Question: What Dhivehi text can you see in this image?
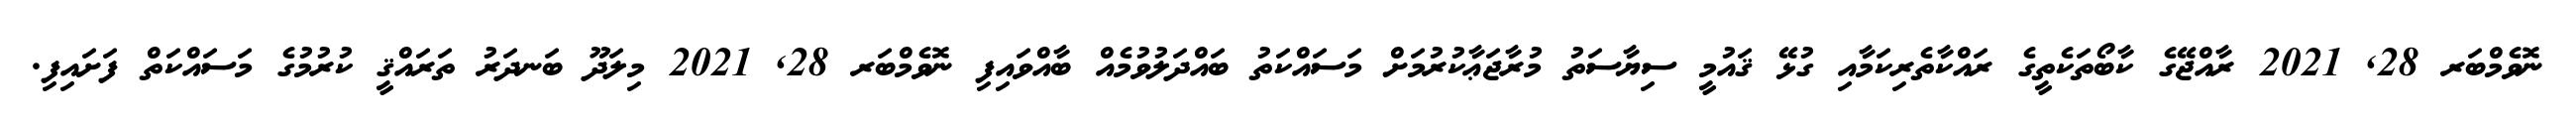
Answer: ނޮވެމްބަރ 28, 2021 ރާއްޖޭގެ ކާބޯތަކެތީގެ ރައްކާތެރިކަމާއި ގުޅޭ ޤައުމީ ސިޔާސަތު މުރާޖަޢާކުރުމަށް މަސައްކަތު ބައްދަލުވުމެއް ބާއްވައިފި ނޮވެމްބަރ 28, 2021 މިލަދޫ ބަނދަރު ތަރައްޤީ ކުރުމުގެ މަސައްކަތް ފަށައިފި.